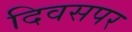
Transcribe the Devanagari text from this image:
दिवसपर